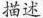
描述